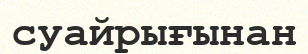
суайрығынан